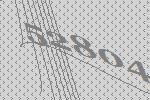
52804